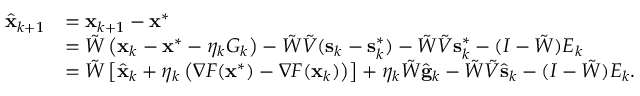
\begin{array} { r l } { \hat { \mathbf { x } } _ { k + 1 } } & { = \mathbf { x } _ { k + 1 } - \mathbf { x } ^ { * } } \\ & { = \tilde { W } \left( \mathbf { x } _ { k } - \mathbf { x } ^ { * } - \eta _ { k } G _ { k } \right) - \tilde { W } \tilde { V } ( \mathbf { s } _ { k } - \mathbf { s } _ { k } ^ { * } ) - \tilde { W } \tilde { V } \mathbf { s } _ { k } ^ { * } - ( I - \tilde { W } ) E _ { k } } \\ & { = \tilde { W } \left[ \hat { \mathbf { x } } _ { k } + \eta _ { k } \left( \nabla F ( \mathbf { x } ^ { * } ) - \nabla F ( \mathbf { x } _ { k } ) \right) \right] + \eta _ { k } \tilde { W } \hat { \mathbf { g } } _ { k } - \tilde { W } \tilde { V } \hat { \mathbf { s } } _ { k } - ( I - \tilde { W } ) E _ { k } . } \end{array}